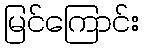
မြင်ကြောင်း